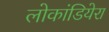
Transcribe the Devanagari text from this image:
लोकांडियेरा